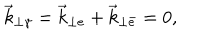
\vec { k } _ { \perp \gamma } = \vec { k } _ { \perp e } + \vec { k } _ { \perp \bar { e } } = 0 ,